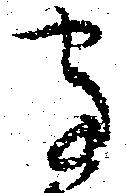
守